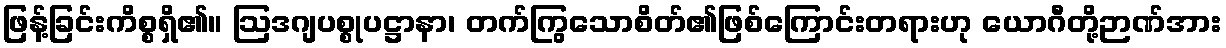
ဖြန့်ခြင်းကိစ္စရှိ၏။ ဩဒဂျပစ္စုပဋ္ဌာနာ၊ တက်ကြွသောစိတ်၏ဖြစ်ကြောင်းတရားဟု ယောဂီတို့ဉာဏ်အား